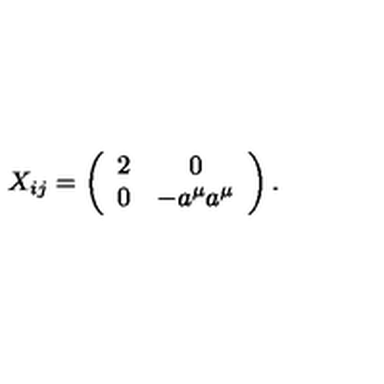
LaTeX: X _ { i j } = \left( \begin{array} { c c } { 2 } & { 0 } \\ { 0 } & { - a ^ { \mu } a ^ { \mu } } \\ \end{array} \right) .